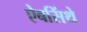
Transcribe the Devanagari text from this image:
ऐबसिंथे